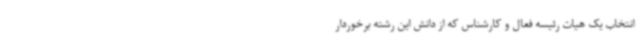
انتخاب یک هیات رئیسه فعال و کارشناس که از دانش این رشته برخوردار